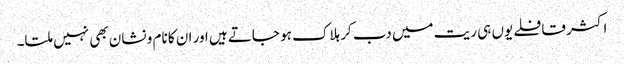
اکثر قافلے یوں ہی ریت میں دب کر ہلاک ہو جاتے ہیں اور ان کا نام و نشان بھی نہیں ملتا۔